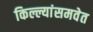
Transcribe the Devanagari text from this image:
किल्ल्यांसमवेत